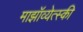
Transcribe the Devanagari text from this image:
माझॉव्येत्स्की